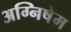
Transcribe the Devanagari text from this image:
अग्निषेम